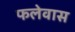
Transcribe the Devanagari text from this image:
फलेवास